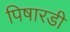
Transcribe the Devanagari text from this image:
पिषारडी